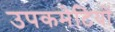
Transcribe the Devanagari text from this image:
उपकमेटियों